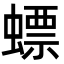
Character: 螵